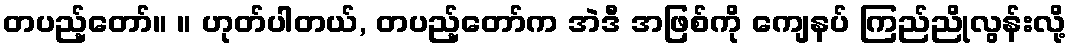
တပည့်တော်။ ။ ဟုတ်ပါတယ်, တပည့်တော်က အဲဒီ အဖြစ်ကို ကျေနပ် ကြည်ညိုလွန်းလို့